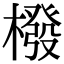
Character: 橃